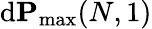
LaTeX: \mathrm{d}\mathbf{{P}}_{\operatorname*{max}}(N,1)